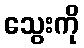
သွေးကို